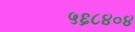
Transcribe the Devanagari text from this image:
५६८४०४